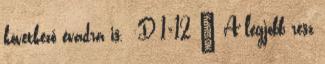
következő évadra is. :D 1×12 – A legjobb rész